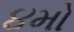
૪મો